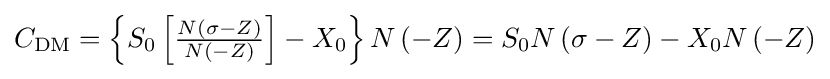
C_{\text{DM}}=\left\{S_{0}\left[{\tfrac {N\left(\sigma -Z\right)}{N\left(-Z\right)}}\right]-X_{0}\right\}N\left(-Z\right)=S_{0}N\left(\sigma -Z\right)-X_{0}N\left(-Z\right)